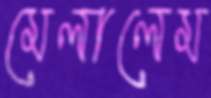
মেলালেম